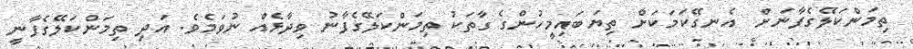
ތިމަންކަލޭގެފާނަށް  އެނގޭކަމަކަށް ތިޔަބައިމީހުންގެ ގާތަކު ތިމަންކަލޭގެފާނު ވިދާޅެއް ނުވަމެވެ. އަދި ތިމަންކަލޭގެފާނީ